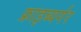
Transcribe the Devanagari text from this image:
फ्राइब्यर्गर